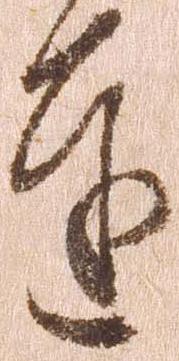
達